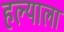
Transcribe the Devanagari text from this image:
हल्याला